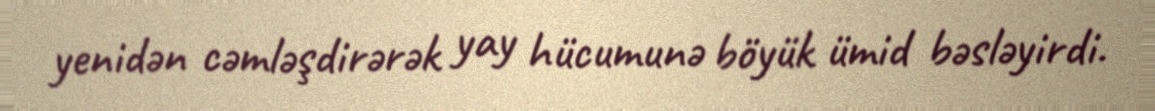
yenidən cəmləşdirərək yay hücumunə böyük ümid bəsləyirdi.